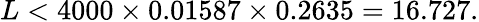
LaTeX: L<4000\times 0.01587\times 0.2635=16.727.